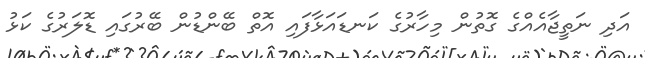
އަދި ނަތީޖާއެއްގެ ގޮތުން މިހާރުގެ ކަނޑައަޅާފައި އޮތް ބޭންޑުން ބޭރުގައި ޑޮލަރުގެ ކަޅު